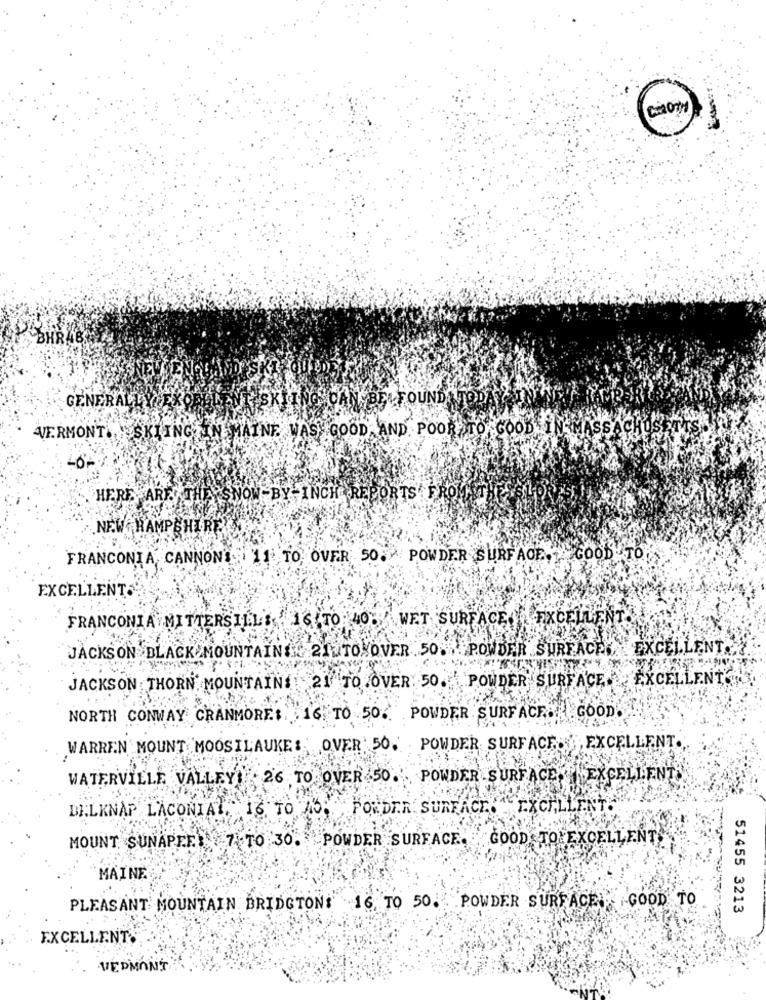
C. CAN BE FOUND
GENERALLY EXORELENT SK
VERMONT , SKIINGTIN MAINE. WAS GOOD, AND. POOR
TO GOOD IN MASSACH
HERE ARE THE SNOW BY -INCH REPORTS FROM
NEW HAMPSHIRE
FRANCONIA, CANNONE .:
11 TO OVER 50. POWDER SURFACE, GOOD TO
EXCELLENT:
FRANCONIA MITTERSILLS . 16 TO: 40;
WET SURFACE A EXCELLENT.
JACKSON BLACK MOUNTAIN# 21 TONOVER 50 .. POWDER SURFACE, EXCELLENT ..
JACKSON THORN MOUNTAIN# : 21 TO OVER: 50. POWDER SURFACE EXCELLENT
16. TO 50% "POWDER SURFACE .. GOOD
NORTH CONWAY CRANMORE$ ..
WARREN MOUNT MOOSILAUKE: OVER 50. POWDER SURFACE EXCELLENT.
WATERVILLE VALLEY: 26 TO OVER 50.' POWDER SURFACE EXCELLENT
FOLDER. SURFACE. EXCELLE
DELKNAP LACONIAL,16 TO 75;
MOUNT SUNAPEE 7 TO 30. POWDER SURFACE.
GOOD TO EXCELLENT
MAINE
PLEASANT MOUNTAIN BRIDGTON: 16. TO 50. POWDER SURFACE GOOD TO
51455 3213
EXCELLENT.
.VEDMANT